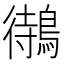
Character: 𪃝